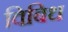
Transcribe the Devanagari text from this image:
विबिध